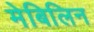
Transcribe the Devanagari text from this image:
मेबिलिन